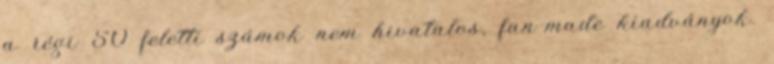
a régi 50 feletti számok nem hivatalos, fan-made kiadványok.